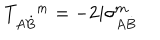
LaTeX: T _ { A \dot { B } } ^ { m } = - 2 i \sigma _ { A \dot { B } } ^ { m }